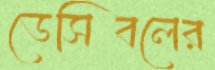
ডেসিবলের